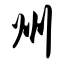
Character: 州